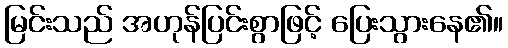
မြင်းသည် အဟုန်ပြင်းစွာဖြင့် ပြေးသွားနေ၏။